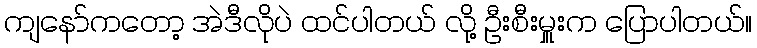
ကျနော်ကတော့ အဲဒီလိုပဲ ထင်ပါတယ် လို့ ဦးစီးမှူးက ပြောပါတယ်။